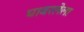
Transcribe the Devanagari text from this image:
घाबरलेला